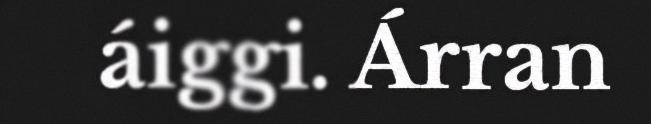
áiggi. Árran